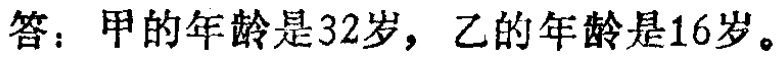
答：甲的年龄是32岁，乙的年龄是16岁。